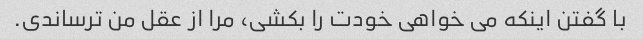
با گفتن اینکه می خواهی خودت را بکشی، مرا از عقل من ترساندی.